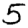
Digit: 5